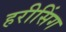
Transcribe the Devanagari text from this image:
हरीसिंग